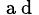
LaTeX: _{\mathrm{~a~d~}}